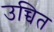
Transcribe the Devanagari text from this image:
उच्चित